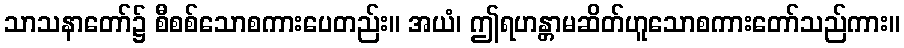
သာသနာတော်၌ စီစစ်သောစကားပေတည်း။ အယံ၊ ဤရဟန္တာမဆိတ်ဟူသောစကားတော်သည်ကား။